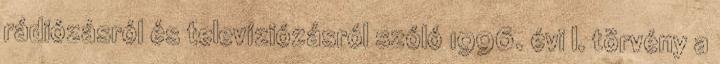
rádiózásról és televíziózásról szóló 1996. évi I. törvény a